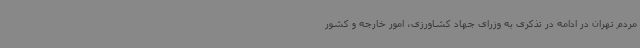
مردم تهران در ادامه در تذکری به وزرای جهاد کشاورزی، امور خارجه و کشور